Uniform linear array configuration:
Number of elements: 48
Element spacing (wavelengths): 0.5
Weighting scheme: hann
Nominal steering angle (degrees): -30
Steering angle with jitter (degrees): -28.234
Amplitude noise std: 0.05
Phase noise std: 0.05

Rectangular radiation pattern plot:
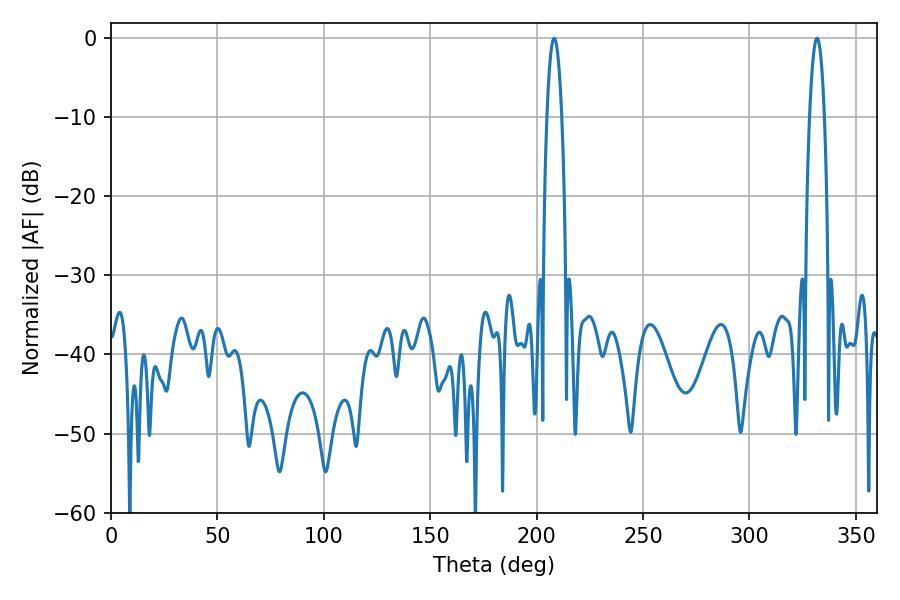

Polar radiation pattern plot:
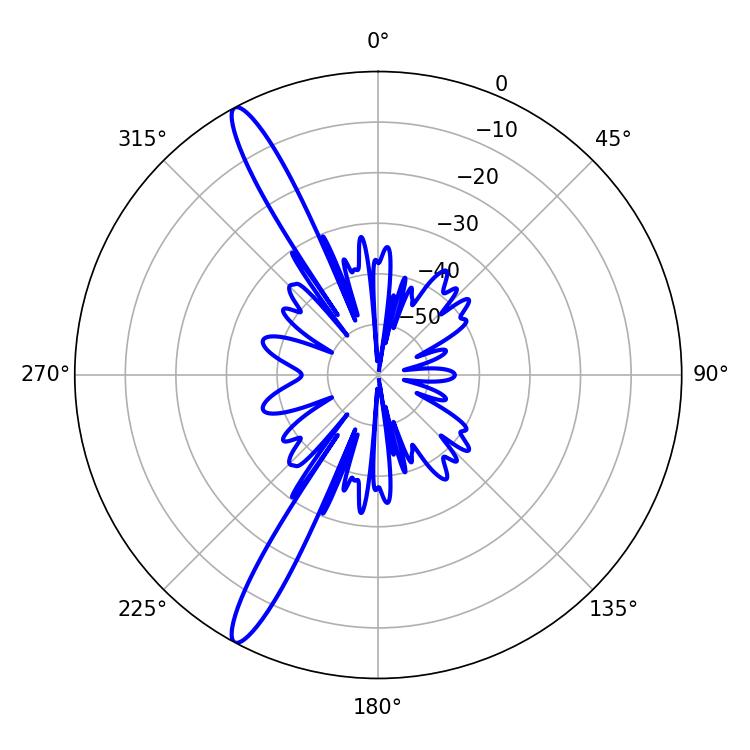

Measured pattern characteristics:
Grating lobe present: FALSE
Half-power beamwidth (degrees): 3.96
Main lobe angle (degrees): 331.74